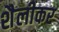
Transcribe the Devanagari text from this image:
शैलीकर